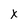
Character: X